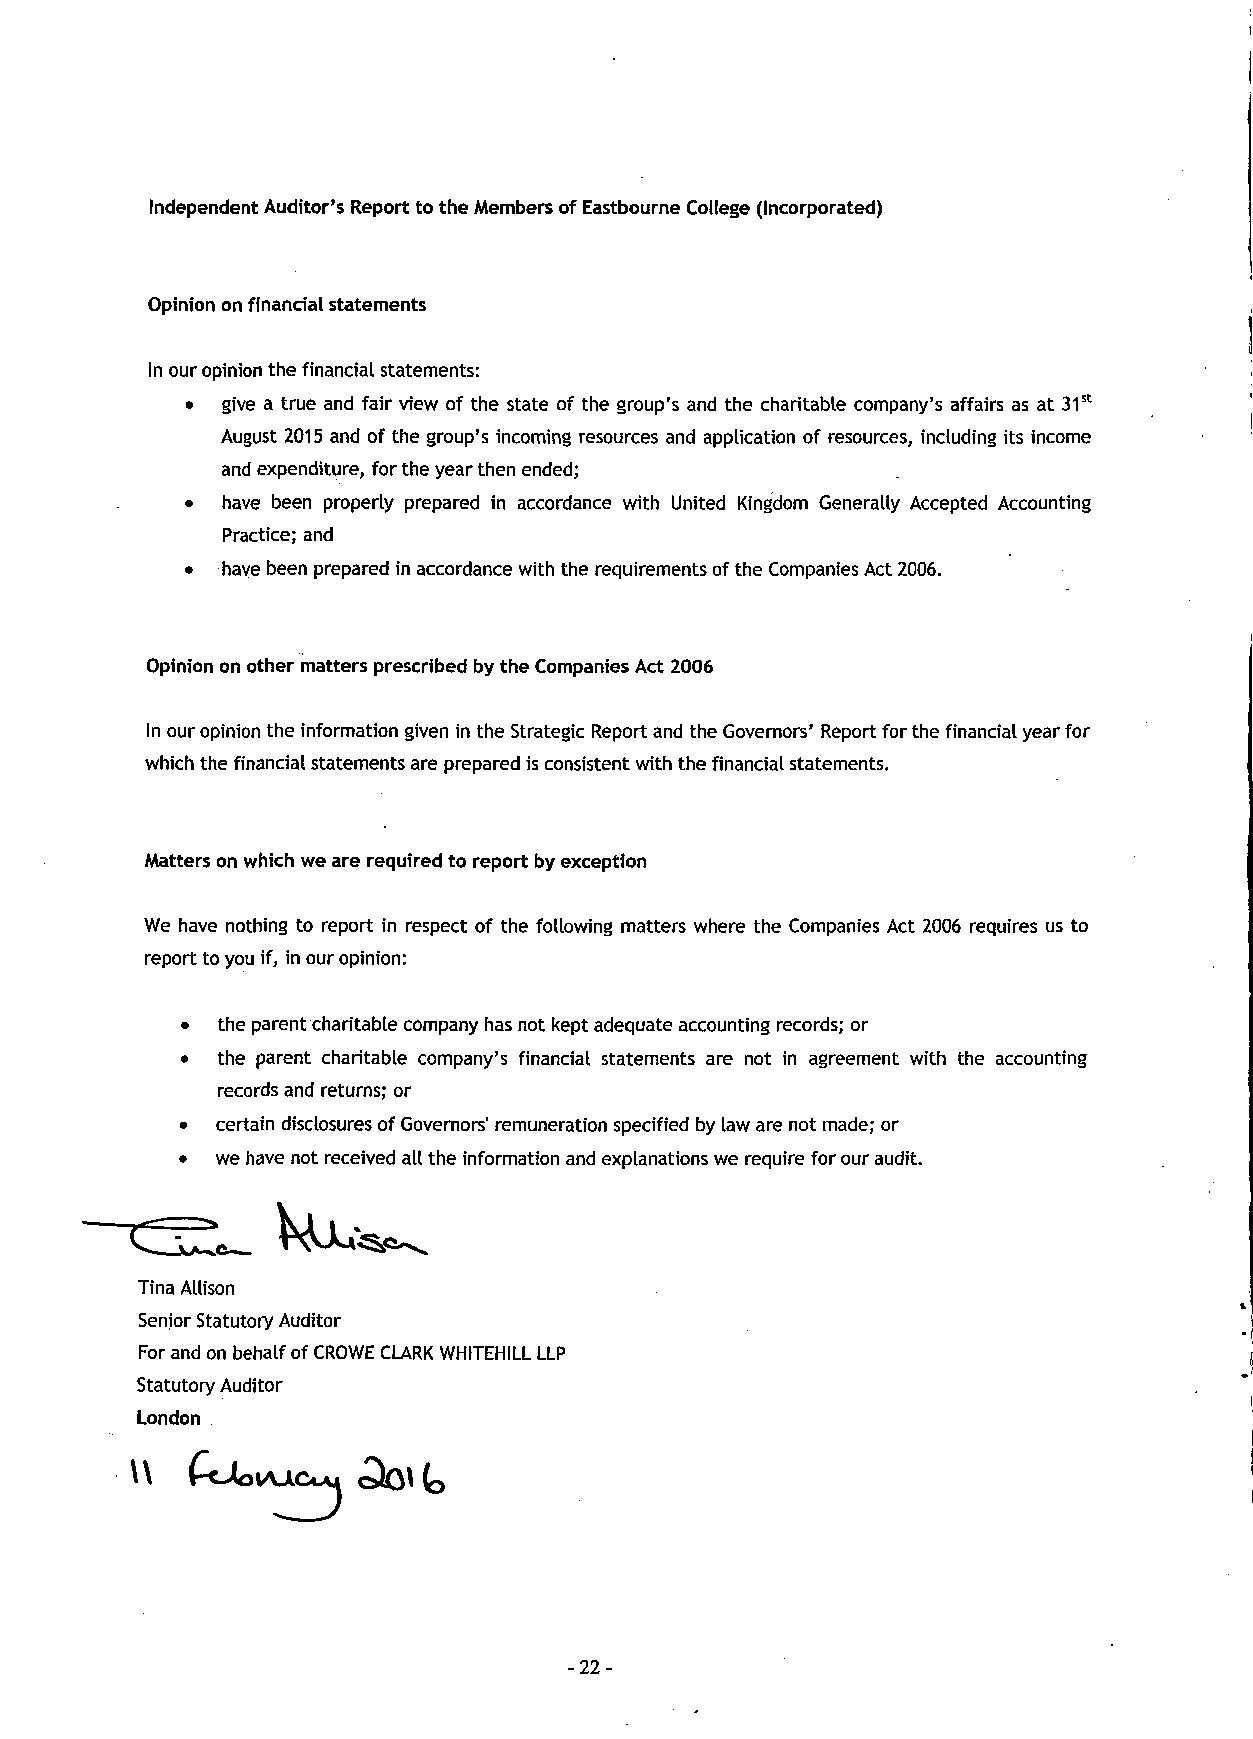
Independent Auditor's Report to the Members of Eastbourne College (Incorporated)
 Opinion on financial statements
 In our opinion the financial statements:
 •  give a true and fair view of the state of the group's and the charitable company's affairs as at 31st
 August 2015 and of the group's incoming resources and application of resources, including its income
 and expenditure, for the year then ended;
 •  have been properly prepared in accordance with United Kingdom Generally Accepted Accounting
 Practice; and
 •  have been prepared in accordance with the requirements of the Companies Act 2006.
 Opinion on other matters prescribed by the Companies Act 2006
 In our opinion the information given in the Strategic Report and the Governors' Report for the financial year for
 which the financial statements are prepared is consistent with the financial statements.
 Matters on which we are required to report by exception
 We have nothing to report in respect of the following matters where the Companies Act 2006 requires us to
 report to you if, in our opinion:
 •  the parent charitable company has not kept adequate accounting records; or
 • the parent charitable company's financial statements are not in agreement with the accounting
 records and returns; or
 • certain disclosures of Governors" remuneration specified by law are not made; or
 • we have not received all the information and explanations we require for our audit.
 Tina Allison
 Senior Statutory Auditor
 For and on behalf of CROWE CLARK WHITEHILL LLP
 Statutory Auditor
 London
 w
 -22-